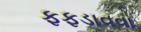
ફફડાવવા